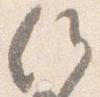
候